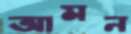
আমন